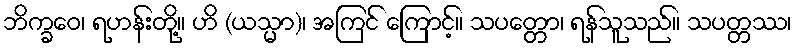
ဘိက္ခဝေ၊ ရဟန်းတို့။ ဟိ (ယသ္မာ)၊ အကြင် ကြောင့်။ သပတ္တော၊ ရန်သူသည်။ သပတ္တဿ၊